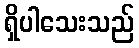
ရှိပါသေးသည်